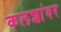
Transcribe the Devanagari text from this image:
कलशांवर